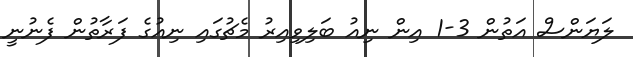
ލަަޔަންސް އަތުން 3-1 އިން ނިއު ބަލިވިއިރު މެޗުގައި ނިއުގެ ފަރާތުން ފެނުނީ